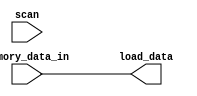
/** @module : memory_receive
 *  @author : Adaptive & Secure Computing Systems (ASCS) Laboratory

 *  Copyright (c) 2019 BRISC-V (ASCS/ECE/BU)
 *  Permission is hereby granted, free of charge, to any person obtaining a copy
 *  of this software and associated documentation files (the "Software"), to deal
 *  in the Software without restriction, including without limitation the rights
 *  to use, copy, modify, merge, publish, distribute, sublicense, and/or sell
 *  copies of the Software, and to permit persons to whom the Software is
 *  furnished to do so, subject to the following conditions:
 *  The above copyright notice and this permission notice shall be included in
 *  all copies or substantial portions of the Software.

 *  THE SOFTWARE IS PROVIDED "AS IS", WITHOUT WARRANTY OF ANY KIND, EXPRESS OR
 *  IMPLIED, INCLUDING BUT NOT LIMITED TO THE WARRANTIES OF MERCHANTABILITY,
 *  FITNESS FOR A PARTICULAR PURPOSE AND NONINFRINGEMENT. IN NO EVENT SHALL THE
 *  AUTHORS OR COPYRIGHT HOLDERS BE LIABLE FOR ANY CLAIM, DAMAGES OR OTHER
 *  LIABILITY, WHETHER IN AN ACTION OF CONTRACT, TORT OR OTHERWISE, ARISING FROM,
 *  OUT OF OR IN CONNECTION WITH THE SOFTWARE OR THE USE OR OTHER DEALINGS IN
 *  THE SOFTWARE.
 */

module memory_receive #(
  parameter CORE         =  0,
  parameter DATA_WIDTH   = 32,
  parameter ADDRESS_BITS = 20
) (

  // Memory interface
  input [DATA_WIDTH-1:0] memory_data_in,

  // Writeback interface
  output [DATA_WIDTH-1:0] load_data,

  input scan

);

assign load_data = memory_data_in;

endmodule